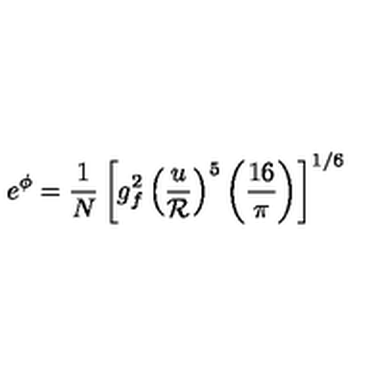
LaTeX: e ^ { \phi } = { \frac { 1 } { N } } \left[ g _ { f } ^ { 2 } \left( { \frac { u } { \cal R } } \right) ^ { 5 } \left( { \frac { 1 6 } { \pi } } \right) \right] ^ { 1 / 6 } \,